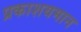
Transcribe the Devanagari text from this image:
प्रकाशयमान